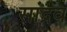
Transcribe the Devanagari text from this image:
सांद्रव